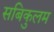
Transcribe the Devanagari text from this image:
सबिकुलम